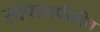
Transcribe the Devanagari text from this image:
सोपानपंक्तीच